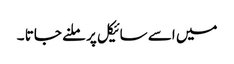
میں اسے سائیکل پر ملنے جاتا ۔